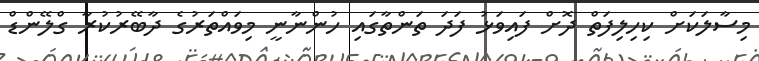
މިސާލަކަށް ކިހިލިފަތް ދޮށް ފައިވަޅު ފަދަ ތަންތާގައި ހުންނާނީ މިވައްތަރުގެ ދާބޭރުކުރާ ގްލޭންޑް